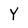
Character: Y